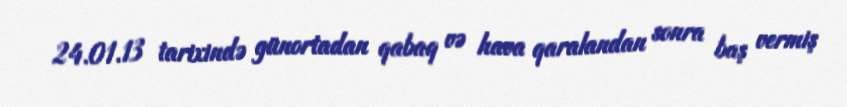
24.01.13 tarixində günortadan qabaq və hava qaralandan sonra baş vermiş